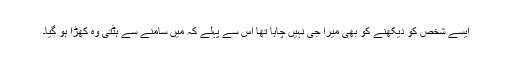
ایسے شخص کو دیکھنے کو بھی میرا جی نہیں چاہا تھا اس سے پہلے کہ میں سامنے سے ہٹتی وہ کھڑا ہو گیا۔